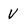
Character: V